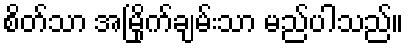
စိတ်သာ အမြိုက်ချမ်းသာ မည်ပါသည်။